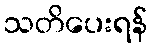
သတိပေးရန်